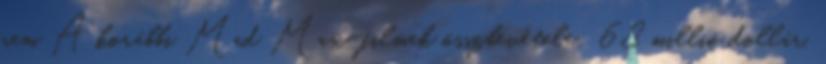
nem A korábbi Mad Max-filmek összbevétele: 68 millió dollár.